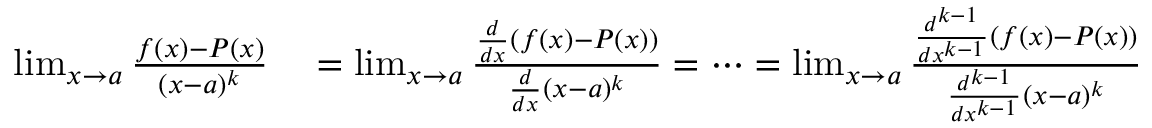
\begin{array} { r l } { \operatorname* { l i m } _ { x \to a } { \frac { f ( x ) - P ( x ) } { ( x - a ) ^ { k } } } } & { { } = \operatorname* { l i m } _ { x \to a } { \frac { { \frac { d } { d x } } ( f ( x ) - P ( x ) ) } { { \frac { d } { d x } } ( x - a ) ^ { k } } } = \cdots = \operatorname* { l i m } _ { x \to a } { \frac { { \frac { d ^ { k - 1 } } { d x ^ { k - 1 } } } ( f ( x ) - P ( x ) ) } { { \frac { d ^ { k - 1 } } { d x ^ { k - 1 } } } ( x - a ) ^ { k } } } } \end{array}